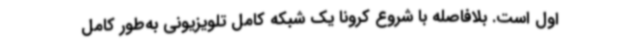
اول است. بلافاصله با شروع کرونا یک شبکه کامل تلویزیونی به‌طور کامل